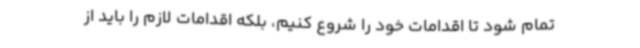
تمام شود تا اقدامات خود را شروع کنیم، بلکه اقدامات لازم را باید از